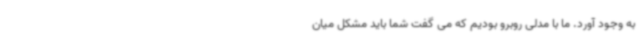
به وجود آورد. ما با مدلی روبرو بودیم که می گفت شما باید مشکل میان